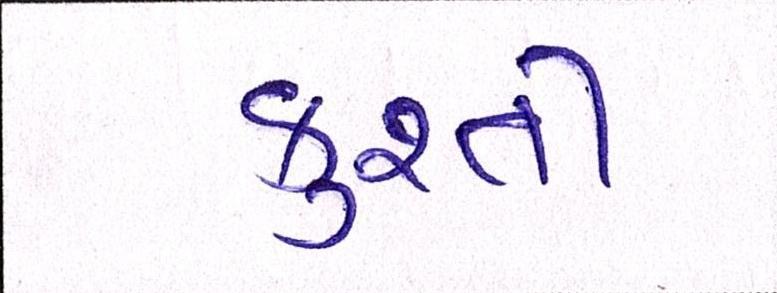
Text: કુશ્તી